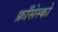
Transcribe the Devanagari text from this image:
फ्राँसेस्को